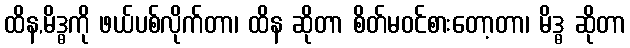
ထိန,မိဒ္ဓကို ဖယ်ပစ်လိုက်တာ၊ ထိန ဆိုတာ စိတ်မဝင်စားတော့တာ၊ မိဒ္ဓ ဆိုတာ